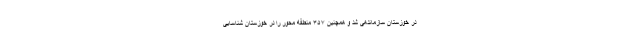
در خوزستان سازماندهی شد و همچنین ۳۵۷ منطقه محور را در خوزستان شناسایی